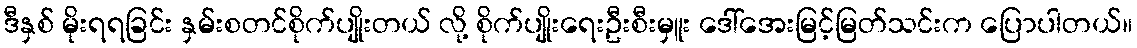
ဒီနှစ် မိုးရရခြင်း နှမ်းစတင်စိုက်ပျိုးတယ် လို့ စိုက်ပျိုးရေးဦးစီးမှူး ဒေါ်အေးမြင့်မြတ်သင်းက ပြောပါတယ်။